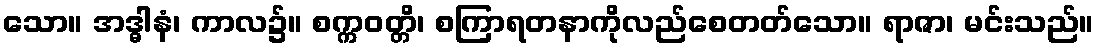
သော။ အဒ္ဓါနံ၊ ကာလ၌။ စက္ကဝတ္တိ၊ စကြာရတနာကိုလည်စေတတ်သော။ ရာဇာ၊ မင်းသည်။